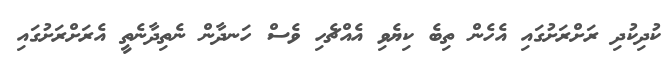
ކުދިކުދި ރަށްރަށުގައި އެހެން ތިބެ ކިޔެވި އެއްޗެހި ވެސް ހަނދާން ނެތިދާނެތީ އެރަށްރަށުގައި